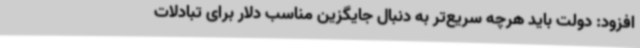
افزود: دولت باید هرچه سریع‌تر به دنبال جایگزین مناسب دلار برای تبادلات